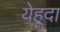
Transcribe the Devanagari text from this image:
येहूदा